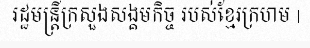
រដ្ឋមន្ត្រីក្រសួងសង្គមកិច្ច របស់ខ្មែរក្រហម |